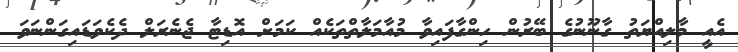
އެއީ މާލިއްޔަތު ގާނޫނުގެ ބޭރުން ހިންގާފައިވާ މުއާމަލާތްތަކެއް ކަމަށް އޮޑިޓާ ޖެނެރަލް ދެކެވަޑައިގަންނަވަ